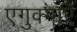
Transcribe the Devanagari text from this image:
एगुक्गाएँ